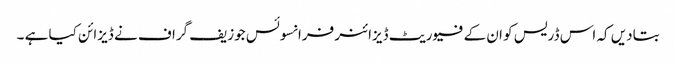
بتادیں کہ اس ڈریس کو ان کے فیوریٹ ڈیزائنر فرانسوئس جوزیف گراف نے ڈیزائن کیا ہے ۔